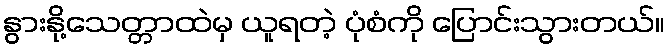
နွားနို့သေတ္တာထဲမှ ယူရတဲ့ ပုံစံကို ပြောင်းသွားတယ်။